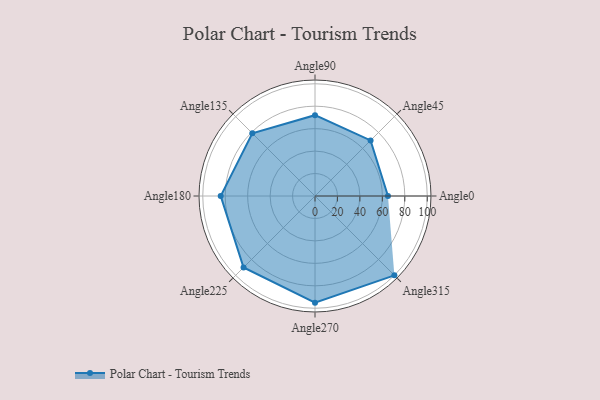
{"axis": {"x": "Angle", "y": "Radius"}, "legend": [""], "data": [{"x": "Angle0", "y": 65.0, "type": ""}, {"x": "Angle45", "y": 70.0, "type": ""}, {"x": "Angle90", "y": 72.0, "type": ""}, {"x": "Angle135", "y": 79.0, "type": ""}, {"x": "Angle180", "y": 84.0, "type": ""}, {"x": "Angle225", "y": 90.0, "type": ""}, {"x": "Angle270", "y": 95.0, "type": ""}, {"x": "Angle315", "y": 100.0, "type": ""}]}